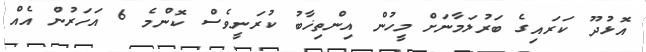
އޮޅުދޫ ކަރައިގެ ބަރުލަމާނަށް މީހުން އިންތިޚާބު ކުރަނީވެސް ކޮންމެ 6 އަހަރުން އެއް